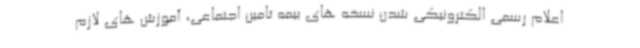
اعلام رسمی الکترونیکی شدن نسخه های بیمه تامین اجتماعی، آموزش های لازم